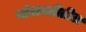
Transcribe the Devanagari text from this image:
यांबाबतीतील